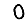
Digit: 0